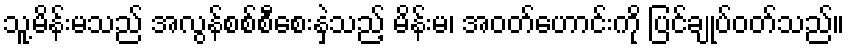
သူ့မိန်းမသည် အလွန်စစ်စီစေးနှဲသည့် မိန်းမ၊ အဝတ်ဟောင်းကို ပြင်ချုပ်ဝတ်သည်။